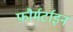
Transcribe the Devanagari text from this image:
फ़ौर्मर्टाइन